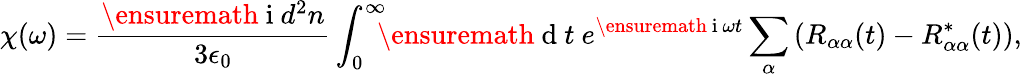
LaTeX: \chi(\omega)=\frac{\ensuremath{\mathrm{~i~}}d^{2}n}{3\epsilon_{0}}\int_{0}^{\infty}\! \! \! \ensuremath{\mathrm{~d~}}t\ e^{\ensuremath{\mathrm{~i~}}\omega t}\sum_{\alpha}\left(R_{\alpha\alpha}(t)-R_{\alpha\alpha}^{*}(t)\right),